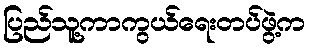
ပြည်သူ့ကာကွယ်ရေးတပ်ဖွဲ့က